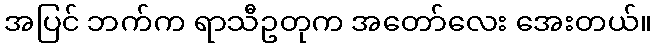
အပြင် ဘက်က ရာသီဥတုက အတော်လေး အေးတယ်။